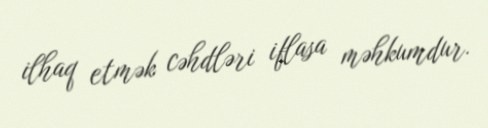
ilhaq etmək cəhdləri iflasa məhkumdur.